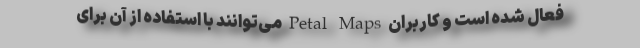
فعال شده است و کاربران Petal Maps می‌توانند با استفاده از آن برای